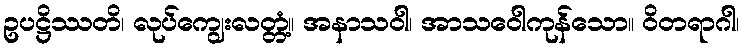
ဥပဋ္ဌိဿတိ၊ လုပ်ကျွေးလတ္တံ့။ အနာသဝါ၊ အာသဝေါကုန်သော။ ဝိတရာဂါ၊